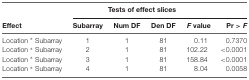
<table><thead><tr><td></td><td colspan="5"><b>Tests of effect slices</b></td></tr><tr><td><b>Effect</b></td><td><b>Subarray</b></td><td><b>Num DF</b></td><td><b>Den DF</b></td><td><b><i>F</i> value</b></td><td><b>Pr &gt; <i>F</i></b></td></tr></thead><tbody><tr><td>Location * Subarray</td><td>1</td><td>1</td><td>81</td><td>0.11</td><td>0.7370</td></tr><tr><td>Location * Subarray</td><td>2</td><td>1</td><td>81</td><td>102.22</td><td>&lt;0.0001</td></tr><tr><td>Location * Subarray</td><td>3</td><td>1</td><td>81</td><td>158.84</td><td>&lt;0.0001</td></tr><tr><td>Location * Subarray</td><td>4</td><td>1</td><td>81</td><td>8.04</td><td>0.0058</td></tr></tbody></table>